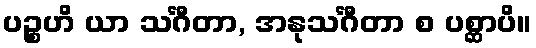
ပဉ္စဟိ ယာ သင်္ဂီတာ, အနုသင်္ဂီတာ စ ပစ္ဆာပိ။